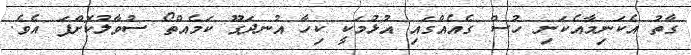
ގާތު އެކަނިމާއެކަނި ހުސް ގެއެއްގައި އުޅުމަކީ ކިހާ އުނދަގޫ ކަމެއްތޯ ސުވާލުކޮށްފަ އެވެ.